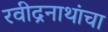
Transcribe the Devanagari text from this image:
रवीद्रनाथांचा